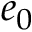
e _ { 0 }